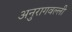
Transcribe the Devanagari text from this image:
अनुरागवल्ली